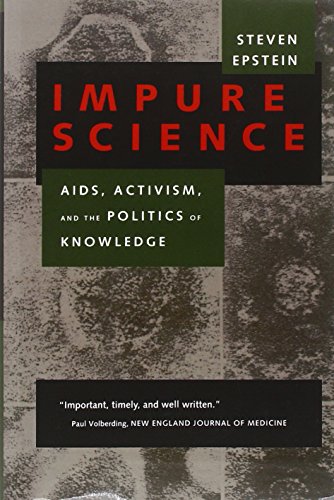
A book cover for Impure Science: AIDS, Activism, and the Politics of Knowledge (Medicine and Society); Steven Epstein; Health, Fitness & Dieting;